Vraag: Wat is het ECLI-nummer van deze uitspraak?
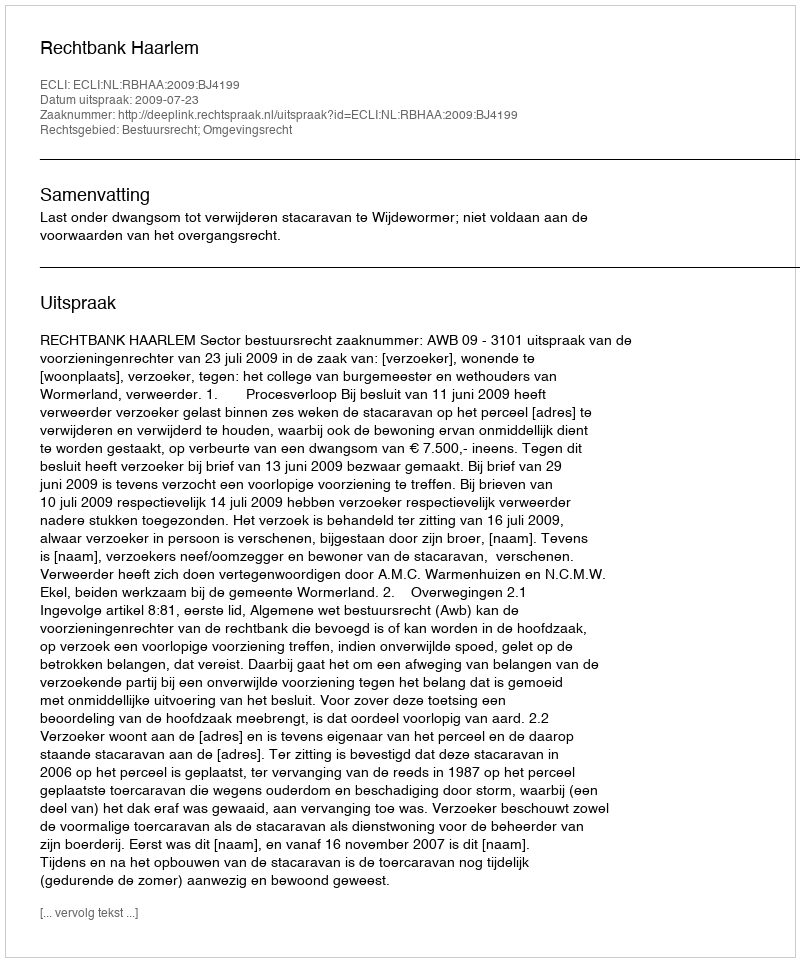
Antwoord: ECLI:NL:RBHAA:2009:BJ4199